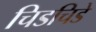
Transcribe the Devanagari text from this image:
चिडचिडे